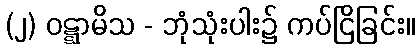
(၂) ဝဋ္ဋာမိသ - ဘုံသုံးပါး၌ ကပ်ငြိခြင်း။